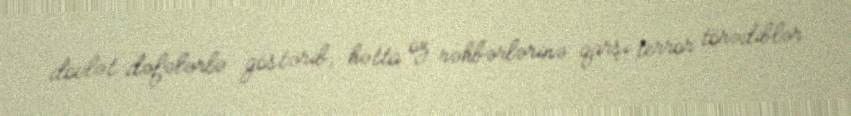
dövlət dəfələrlə göstərib, hətta öz rəhbərlərinə qarşı terror törədiblər.